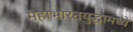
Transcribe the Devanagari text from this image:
महाभारतयुद्धामध्ये